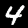
Label: 4